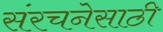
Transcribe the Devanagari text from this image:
संरचनेसाठी